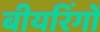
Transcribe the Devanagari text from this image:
बीयरिंगों